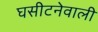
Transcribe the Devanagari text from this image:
घसीटनेवाली